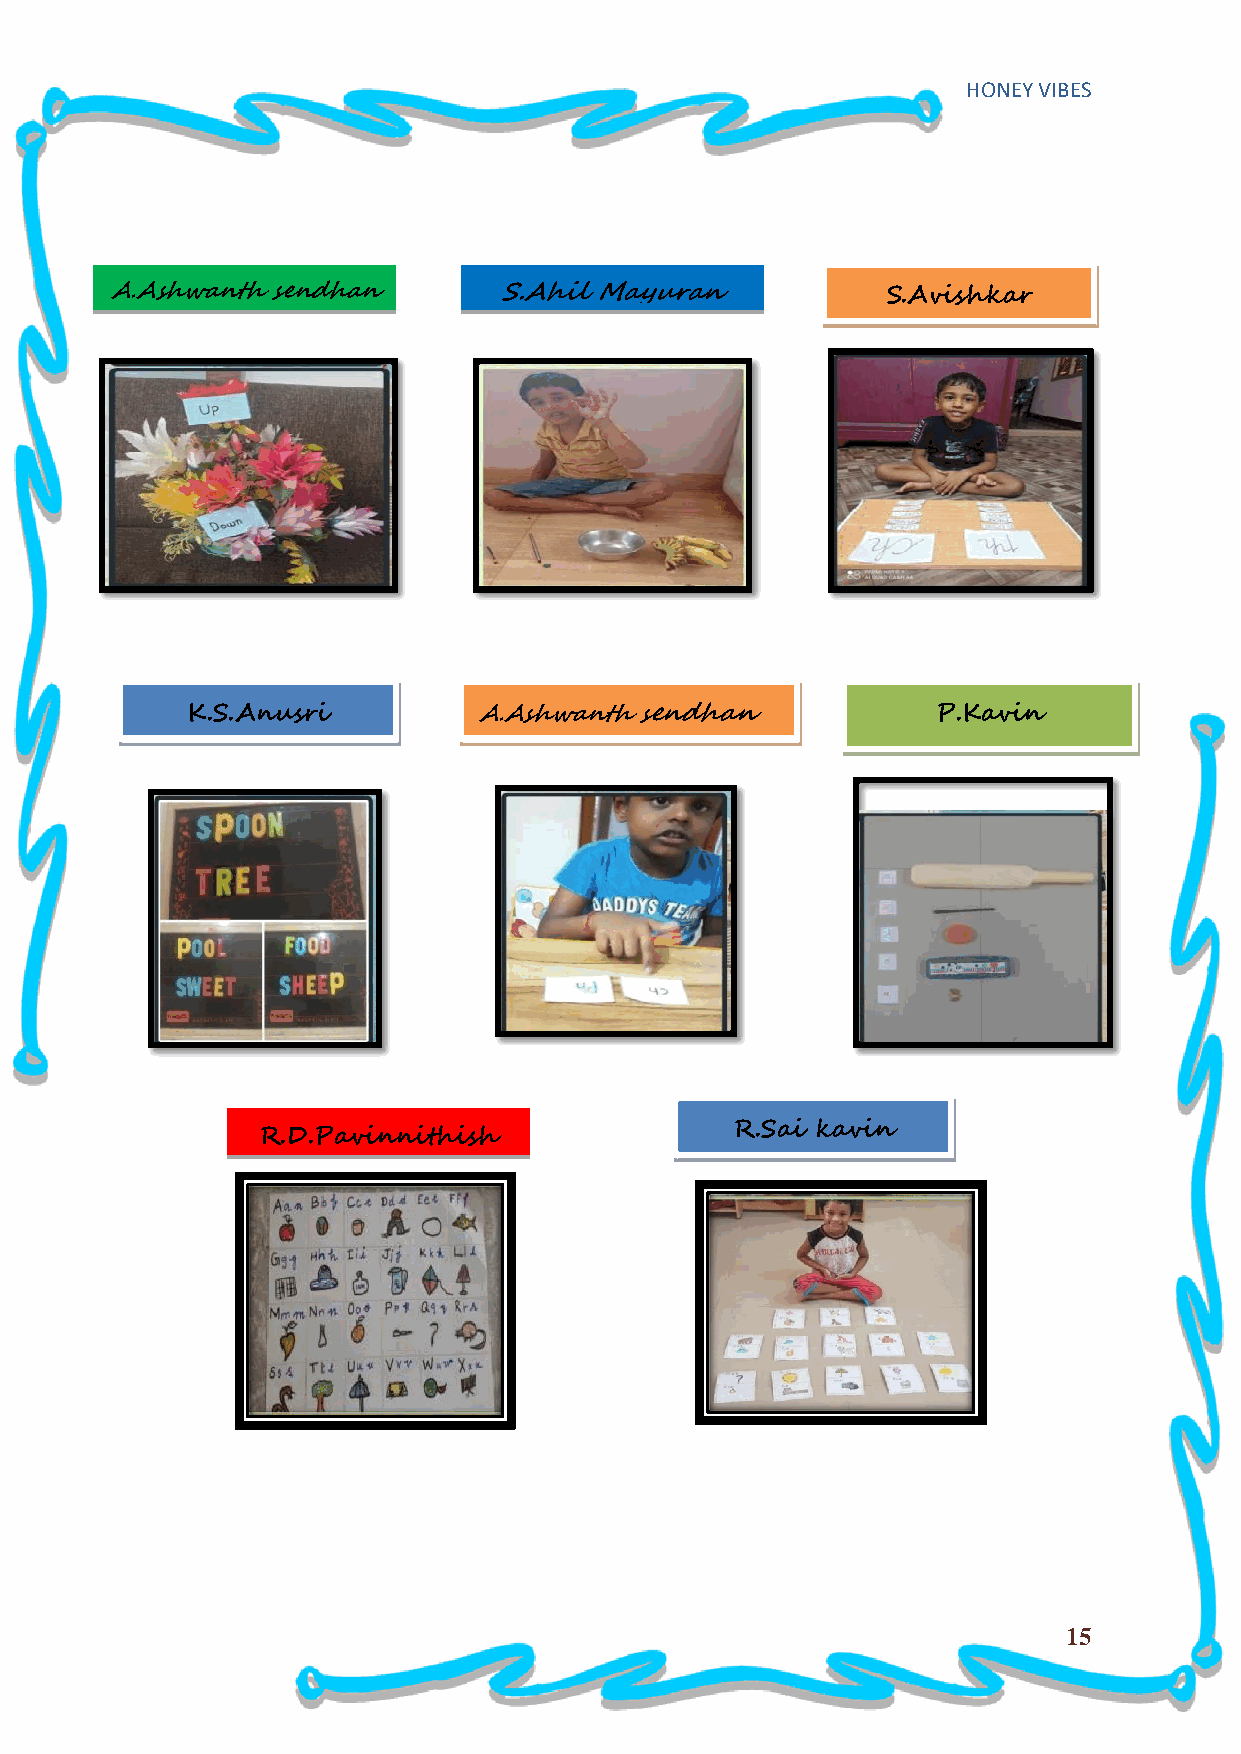
HONEY VIBES
 A.Ashwanth sendhan        S.Ahil Mayuran            S.Avishkar
 K.S.Anusri          A.Ashwanth sendhan            P.Kavin
 R.Sai kavin
 R.D.Pavinnithish
 15